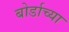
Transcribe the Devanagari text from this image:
बोर्डाच्‍या